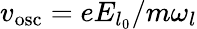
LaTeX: v_{\mathrm{{osc}}}=eE_{l_{0}}/m\omega_{l}